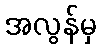
အလွန်မှ